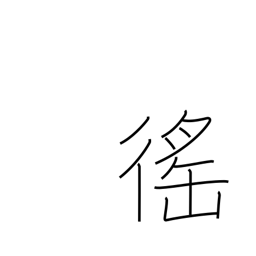
Meaning: corvee